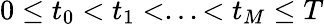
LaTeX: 0\leq t_{0}<t_{1}<...<t_{M}\leq T